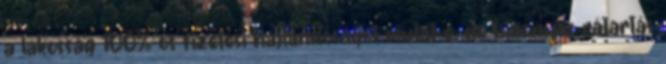
a lakosság 100%-os fizetési hajlandóságot mutat-e, de bizonyos rátartás